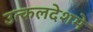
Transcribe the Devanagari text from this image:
उत्कलदेशमे